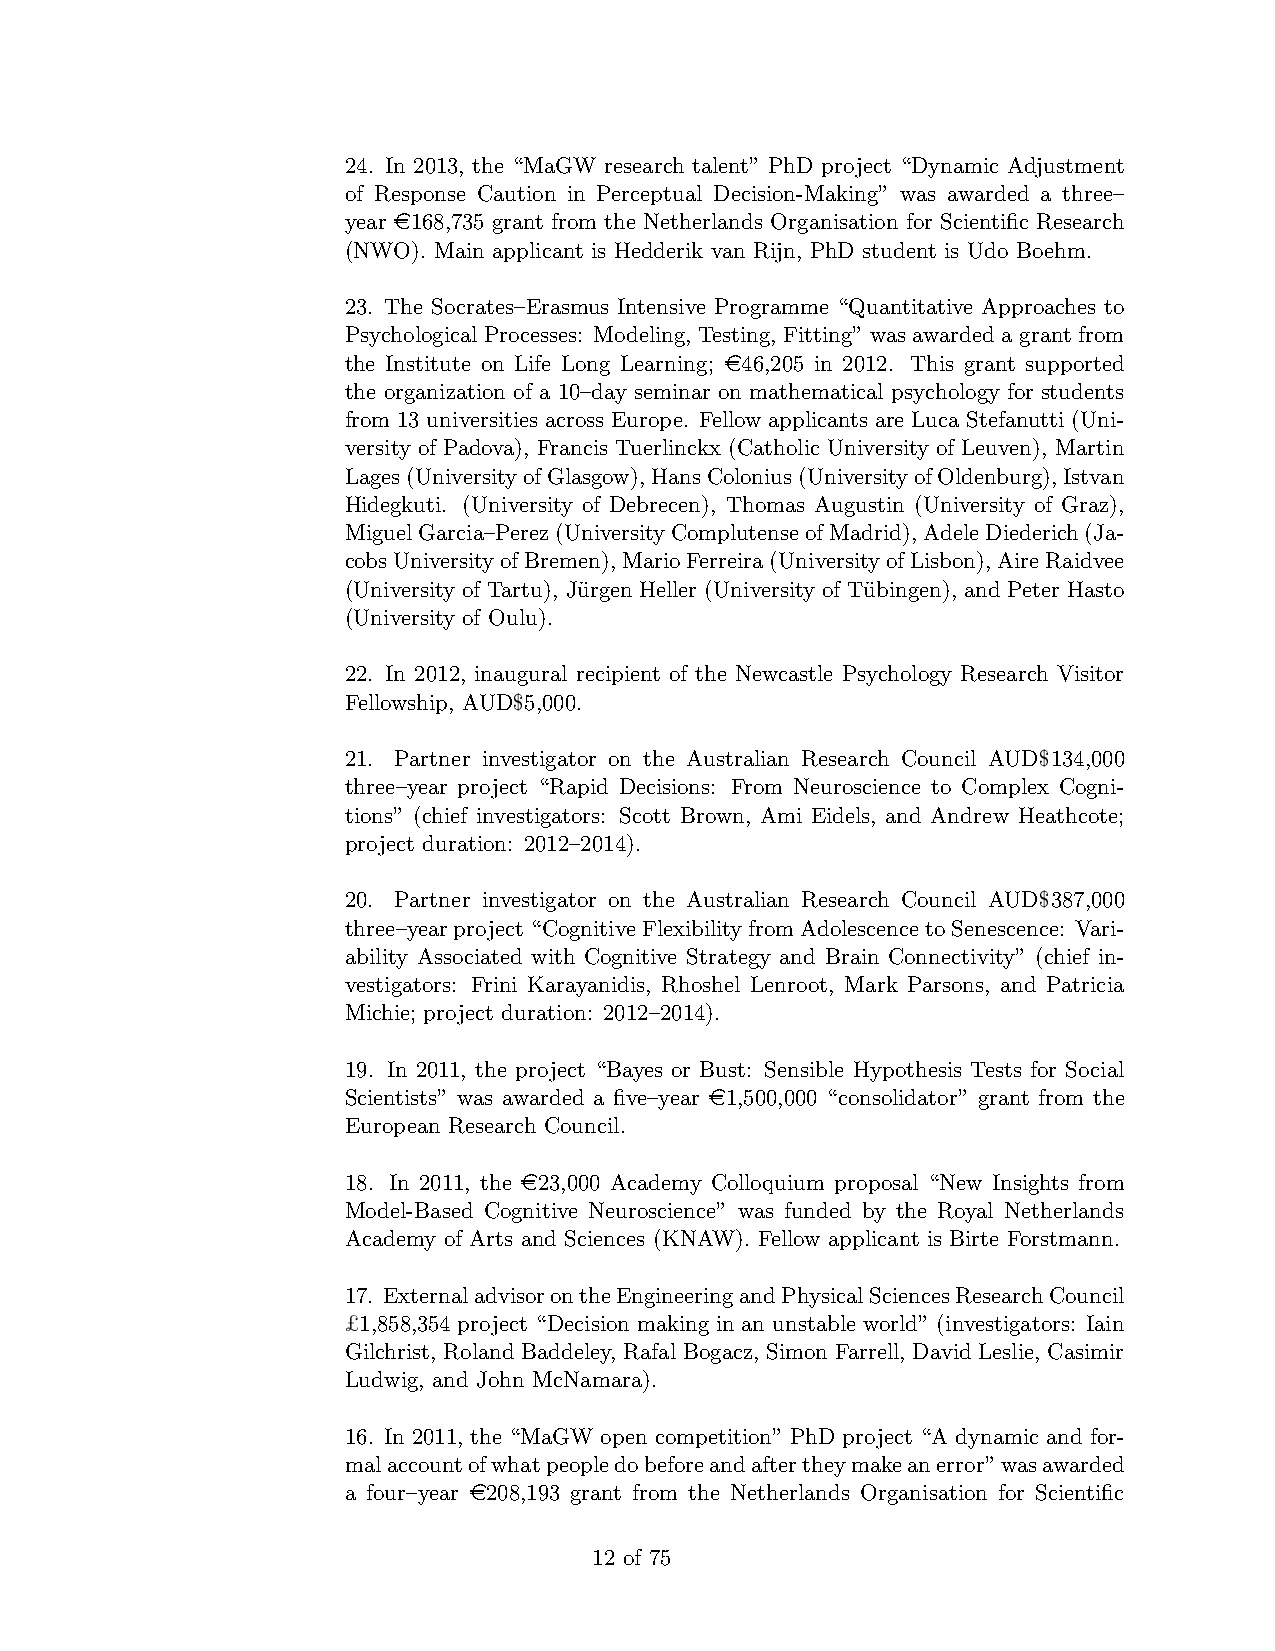
24. In 2013, the “MaGW research talent” PhD project “Dynamic Adjustment
 of Response Caution in Perceptual Decision-Making” was awarded a three–
 year e168,735 grant from the Netherlands Organisation for Scientific Research
 (NWO). Main applicant is Hedderik van Rijn, PhD student is Udo Boehm.
 23. The Socrates–Erasmus Intensive Programme “Quantitative Approaches to
 Psychological Processes: Modeling, Testing, Fitting” was awarded a grant from
 the Institute on Life Long Learning; e46,205 in 2012. This grant supported
 the organization of a 10–day seminar on mathematical psychology for students
 from 13 universities across Europe. Fellow applicants are Luca Stefanutti (Uni-
 versity of Padova), Francis Tuerlinckx (Catholic University of Leuven), Martin
 Lages(UniversityofGlasgow),HansColonius(UniversityofOldenburg),Istvan
 Hidegkuti. (University of Debrecen), Thomas Augustin (University of Graz),
 MiguelGarcia–Perez(UniversityComplutenseofMadrid),AdeleDiederich(Ja-
 cobsUniversityofBremen),MarioFerreira(UniversityofLisbon),AireRaidvee
 (University of Tartu), Ju¨rgen Heller (University of Tu¨bingen), and Peter Hasto
 (University of Oulu).
 22. In 2012, inaugural recipient of the Newcastle Psychology Research Visitor
 Fellowship, AUD$5,000.
 21. Partner investigator on the Australian Research Council AUD$134,000
 three–year project “Rapid Decisions: From Neuroscience to Complex Cogni-
 tions” (chief investigators: Scott Brown, Ami Eidels, and Andrew Heathcote;
 project duration: 2012–2014).
 20. Partner investigator on the Australian Research Council AUD$387,000
 three–yearproject“CognitiveFlexibilityfromAdolescencetoSenescence: Vari-
 ability Associated with Cognitive Strategy and Brain Connectivity” (chief in-
 vestigators: Frini Karayanidis, Rhoshel Lenroot, Mark Parsons, and Patricia
 Michie; project duration: 2012–2014).
 19. In 2011, the project “Bayes or Bust: Sensible Hypothesis Tests for Social
 Scientists” was awarded a five–year e1,500,000 “consolidator” grant from the
 European Research Council.
 18. In 2011, the e23,000 Academy Colloquium proposal “New Insights from
 Model-Based Cognitive Neuroscience” was funded by the Royal Netherlands
 Academy of Arts and Sciences (KNAW). Fellow applicant is Birte Forstmann.
 17. ExternaladvisorontheEngineeringandPhysicalSciencesResearchCouncil
 £1,858,354 project “Decision making in an unstable world” (investigators: Iain
 Gilchrist, Roland Baddeley, Rafal Bogacz, Simon Farrell, David Leslie, Casimir
 Ludwig, and John McNamara).
 16. In 2011, the “MaGW open competition” PhD project “A dynamic and for-
 malaccountofwhatpeopledobeforeandaftertheymakeanerror”wasawarded
 a four–year e208,193 grant from the Netherlands Organisation for Scientific
 12 of 75